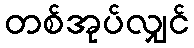
တစ်အုပ်လျှင်